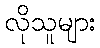
လိုသူများ